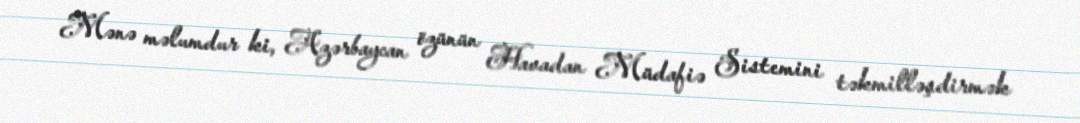
Mənə məlumdur ki, Azərbaycan özünün Havadan Müdafiə Sistemini təkmilləşdirmək